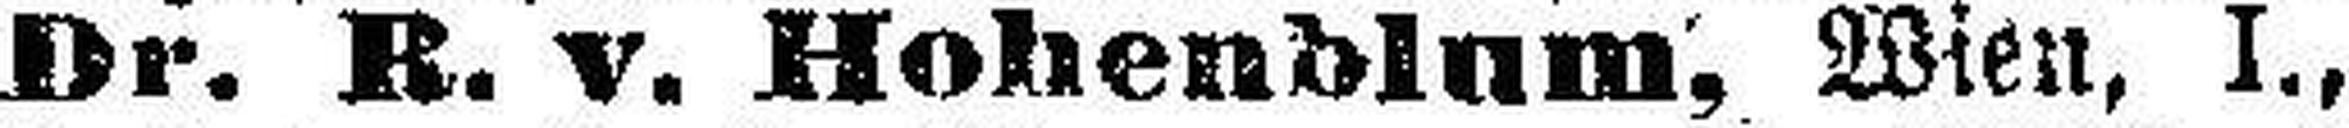
Dr. R. v. Hohenblum, Wien, I.,